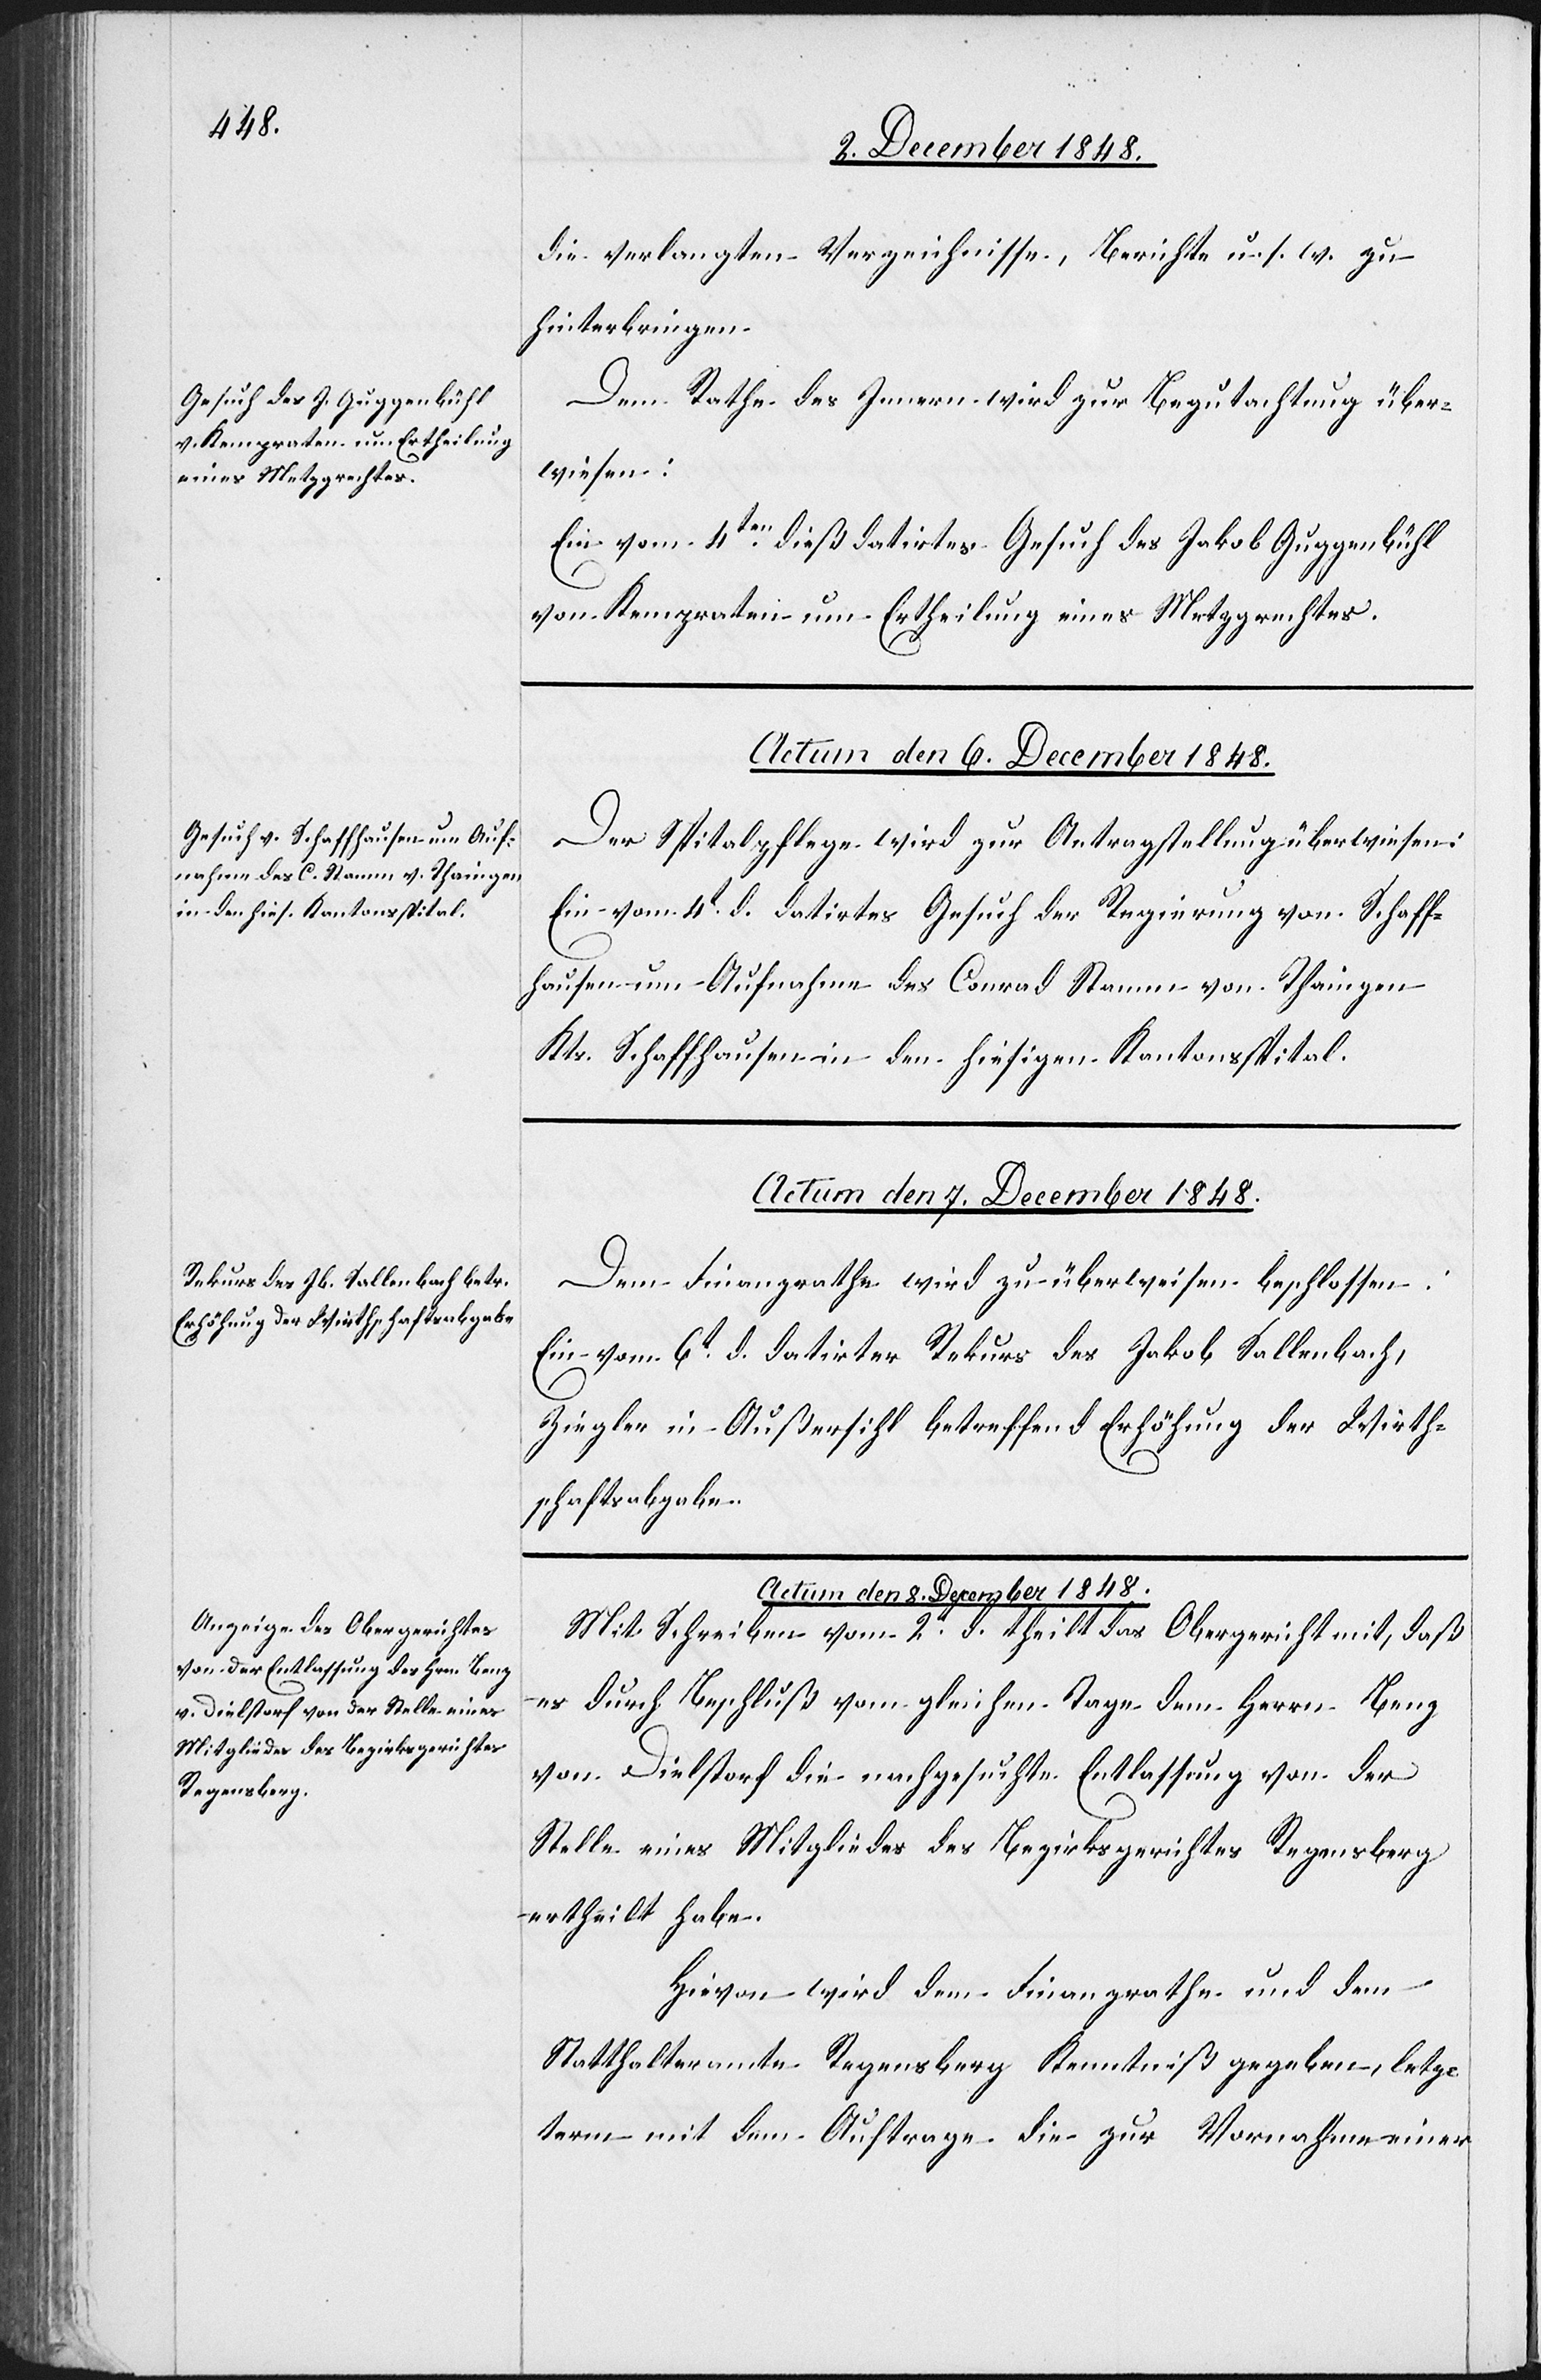
die verlangten Verzeichnisse, Berichte u. s. w. zu
hinterbringen.
Dem Rathe des Innern wird zur Begutachtung über¬
wiesen:
Ein vom 4ten dieß datirtes Gesuch des Jakob Guggenbühl
von Kempraten um Ertheilung eines Metzgrechtes.
Der Spitalpflege wird zur Antragstellung überwiesen:
Ein vom 4t d. datirtes Gesuch der Regierung von Schaff¬
hausen um Aufnahme des Conrad Stamm von Thaingen
Kts. Schaffhausen in den hiesigen Kantonsspital.
Actum den 8. December 1848.
Dem Finanzrathe wird zu überweisen beschlossen:
Ein vom 6t d. datirter Rekurs des Jakob Sallenbach,
Ziegler in Außersihl betreffend Erhöhung der Wirth¬
schaftsabgabe.
Mit Schreiben vom 2t d. theilt das Obergericht mit, daß
es durch Beschluß vom gleichen Tage dem Herrn Benz
von Dielstorf die nachgesuchte Entlassung von der
Stelle eines Mitgliedes des Bezirksgerichtes Regensberg
ertheilt habe.
Hievon wird dem Finanzrathe und dem
Statthalteramte Regensberg Kenntniß gegeben, letz¬
term mit dem Auftrage die zur Vornahme einer